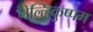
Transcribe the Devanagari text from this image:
नेल्लिकुप्पम